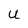
Character: U